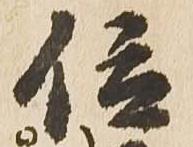
位